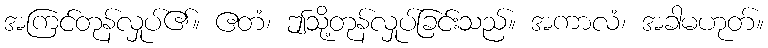
အကြင်တုန်လှုပ်၏။ ဧတံ၊ ဤသို့တုန်လှုပ်ခြင်းသည်။ အကာလံ၊ အခါမဟုတ်။